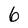
Character: 6